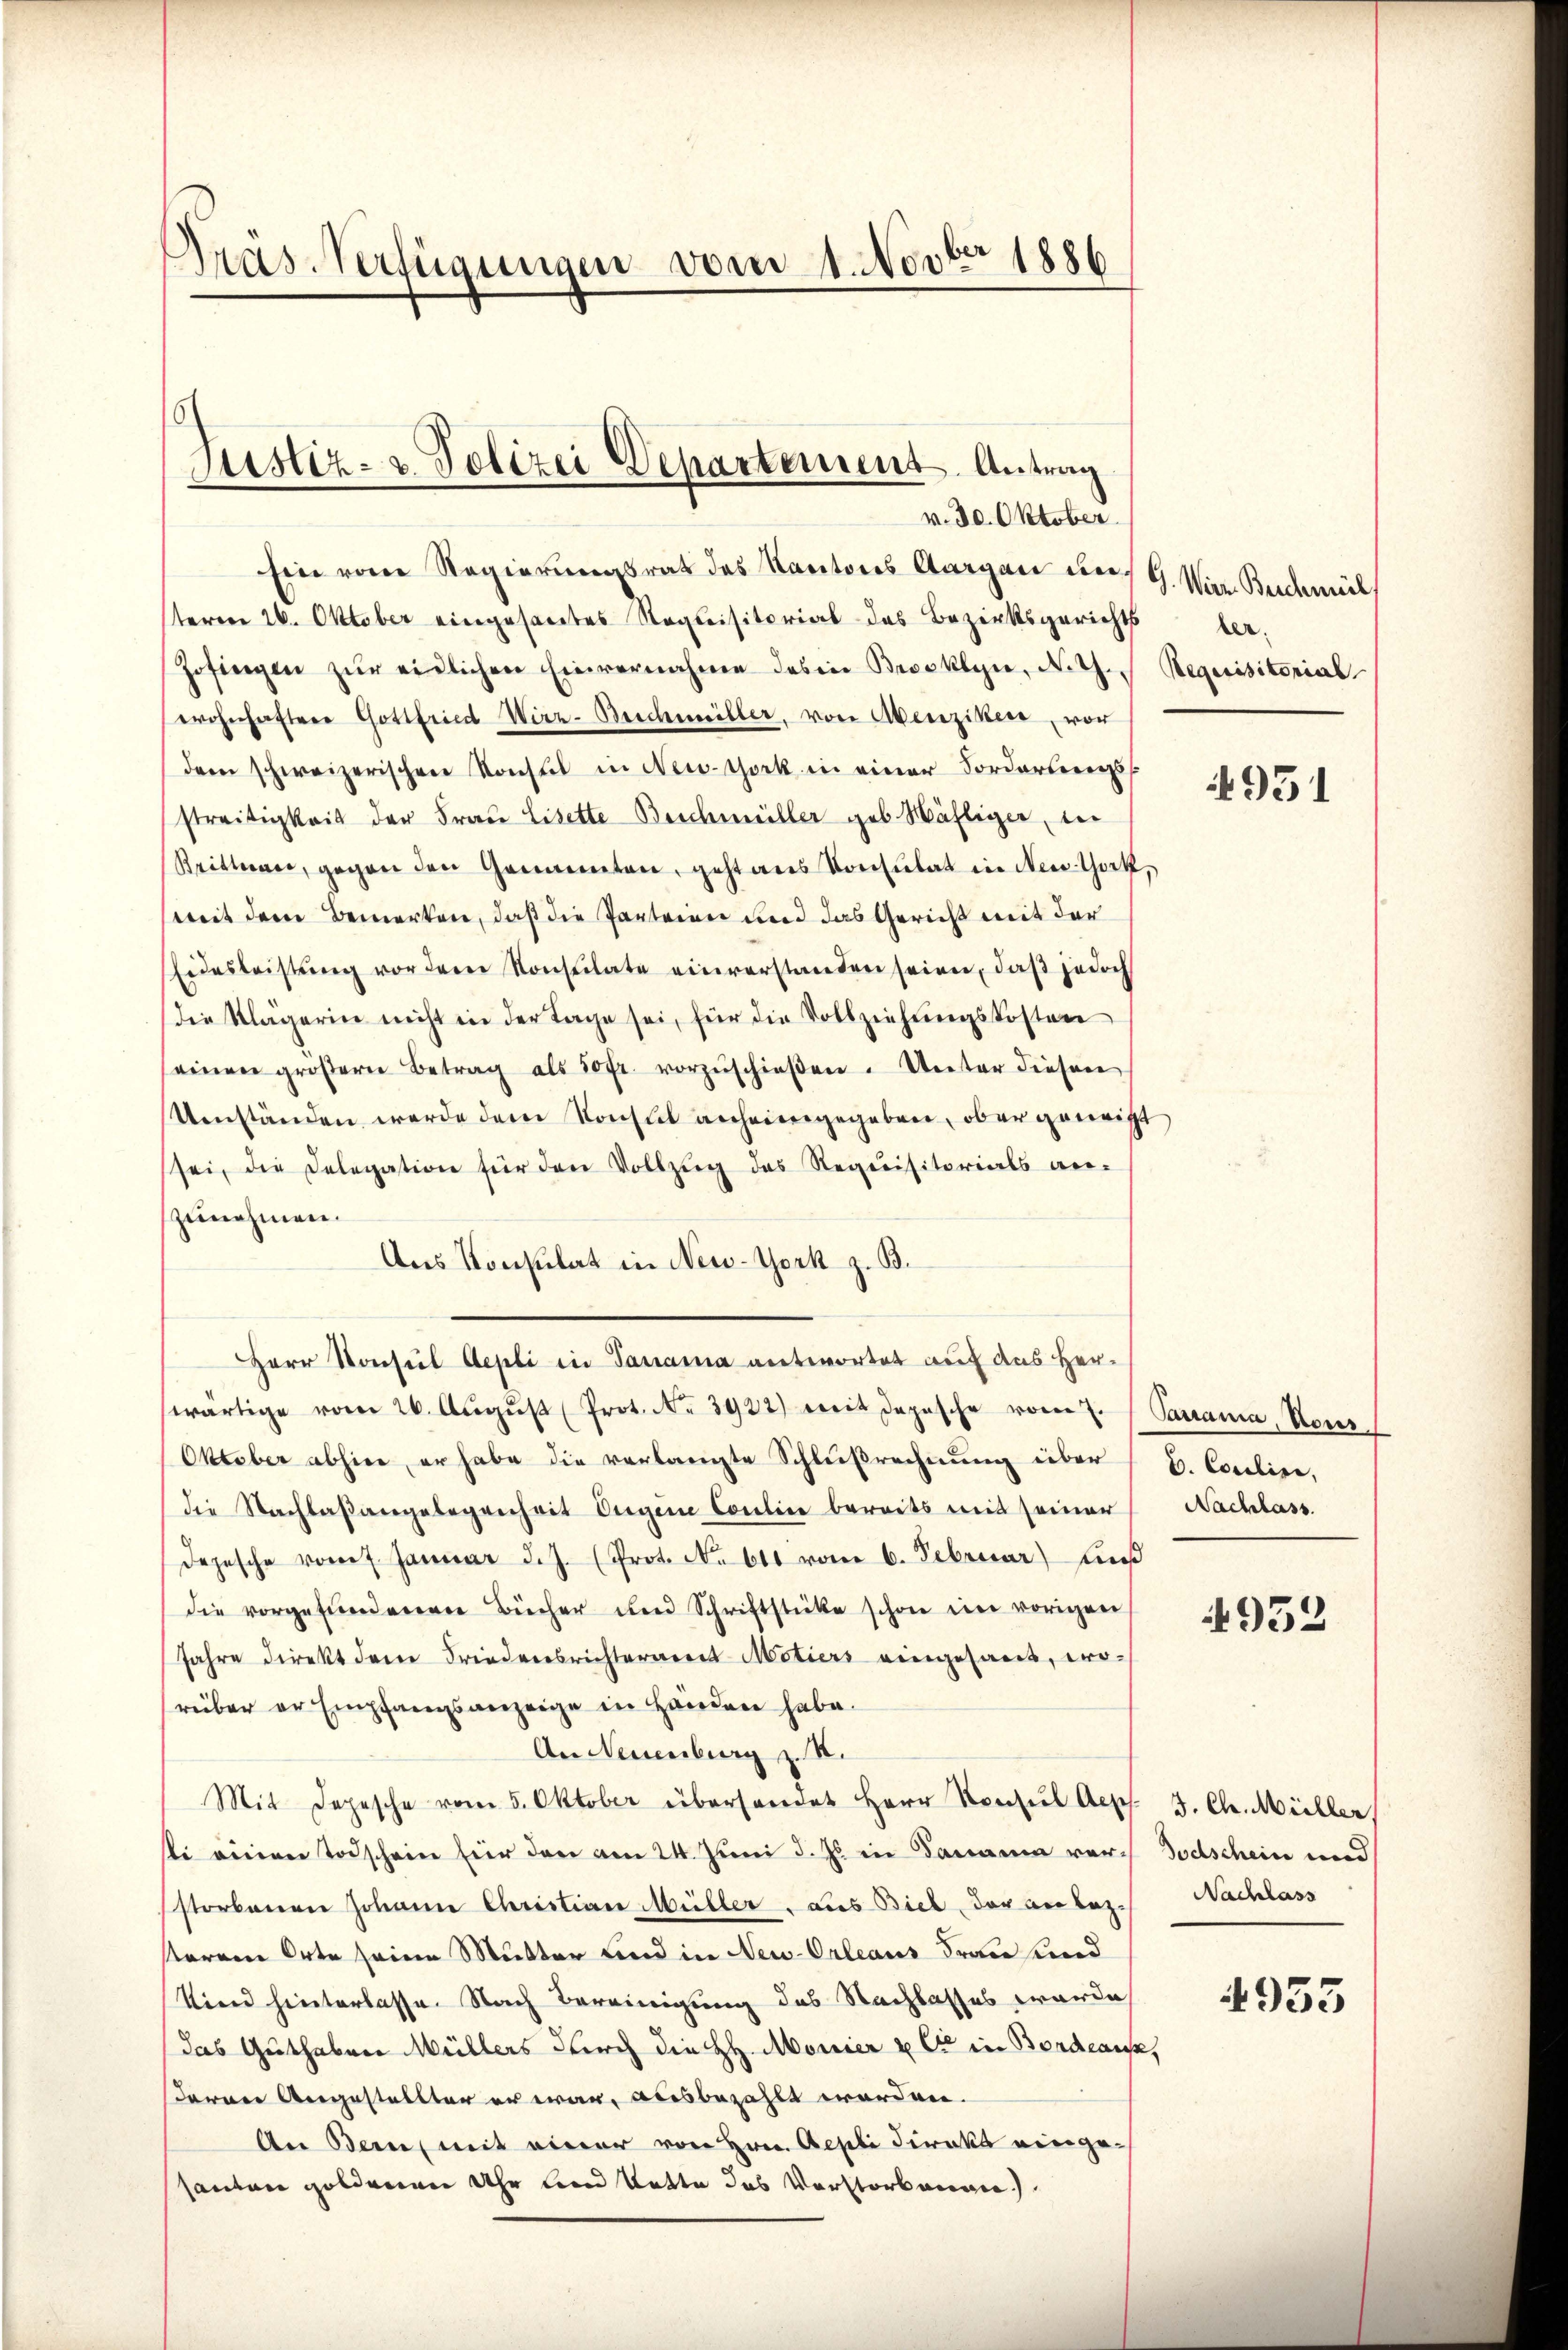
Präs-Verfügungen vom 1. Novbr. 1886

Justiz- & Polizei Departement. Antrag
v. 30. Oktober.

Ein von Regierungsrath des Kantons Aargau uns G. Vier Budemiet
sterere 26. Oktober eingesamtes Requisitorial des Bezirksgerichts ber
Zofingen zŭr eidlichen Einvernahme des in Brooklyn, N. Z.  Requisitorial
wohnhaftere Gottfried Wirz-Beschiller, von Abenziker, vor
dem schweizerischen Konsul in New-York in einer Forderterre
streitigkeit der Frau Lisette Beschmüller geb. Häfliger, in
Brittnau, gegen den Gemeinten, geht aus Konsulat in New-York,
mit dem Bemerken, daß die Parteien und das Gericht mit der
Eidesleistŭng vor dem Konsulate einverstanden seien, daβ jedoch
die Klägerin nicht in der Tage sei, für die Vollziehŭngskosten
einen groβern Betrag als 50 fr. vorzŭschieβen. Unter diesen
Umständen werde dem Konsul anheimgegeben, ober geneigt
sei, die Delegation für den Vollzŭg des Requisitorials an-
zunehmen.
Aus Konsulat in New-York z. B.
Herr Konsul Aepli in Panama antwortet auf das Her-
wärtige vom 26. August (Prot. No. 3922) mit Depesche vom 7. (Sauama, Neus
Oktober abhier, er habe die verlangte Schlußrechnung über B. Coulise,
die Nachlaβangelegenheit Augene Coulin bereits mit seiner
Depesche vom 7. Januar d.J. (Prot. No 611 vom 6. Februar) auß
die vorgefundenen Bücher und Schriftstücke schon im vorigen
Jahre direkt dem Friedensrichterneret Motiers eingesant, wo-
rüber er Empfangsanzeige in Handen habe.
An Neuenburg z. B.
Mit Depesche vom 5. Oktober überhandet Herr Konsŭl Aepf. J. Ch. Müller
sti einen Todschein für den am 24. Juni d. Js in Samanna vor Todschein und
storbenen Johann Christian Müller - aus Biel, der an lezsterem Orte seine Mutter und in New-Orleaus Frau und
Sind hinterlasse. Nach Bereinigung des Nachlasses worde
das Guthaben Müllers durch die H. Monier u C in Bordeaus,
daran Angestellter er war, ausbezahlt werden.
An Bern, mit einer von Hrn. Aepli direkt eingesanten goldenen Uhr und Vatte das Vorstorbenge

4951

Nachlass

4953

Nachlass

4933